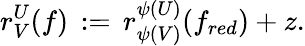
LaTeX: r_{V}^{U}(f)\, :=\, r_{\psi(V)}^{\psi(U)}(f_{red})+z.